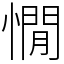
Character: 憪